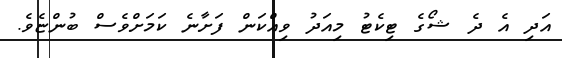
އަދި އެ ދެ ޝޯގެ ޓިކެޓު މިއަދު ވިއްކަން ފަށާނެ ކަމަށްވެސް ބުންޏެވެ.